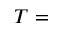
T =